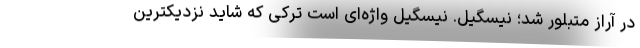
در آراز متبلور شد؛ نیسگیل. نیسگیل واژه‌ای است ترکی که شاید نزدیکترین